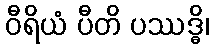
ဝီရိယံ ပီတိ ပဿဒ္ဓိ၊